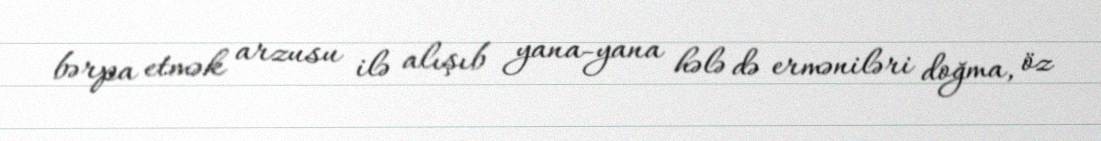
bərpa etmək arzusu ilə alışıb yana-yana hələ də erməniləri doğma, öz